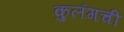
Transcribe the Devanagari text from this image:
कुलंगची